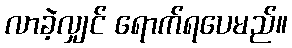
လာခဲ့လျှင် ရောက်ရပေမည်။